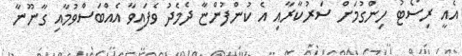
އެއީ ރިސޯޓު ހިންގުމަށް ސަރުކާރާއި އެ ކުންފުންޏާ ދެމެދު ވެފައިވާ އެއްބަސްވުމާއި ގާނޫނާ